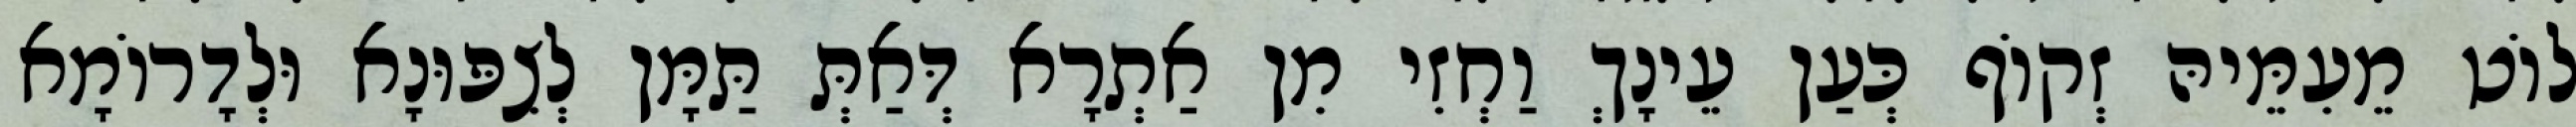
לוֹט מֵעִמֵּיהּ זְקוֹף כְּעַן עֵינָךְ וַחְזִי מִן אַתְרָא דְּאַתְּ תַּמָּן לְצִפּוּנָא וּלְדָרוֹמָא